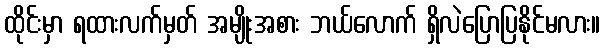
ထိုင်းမှာ ရထားလက်မှတ် အမျိုးအစား ဘယ်လောက် ရှိလဲပြောပြနိုင်မလား။